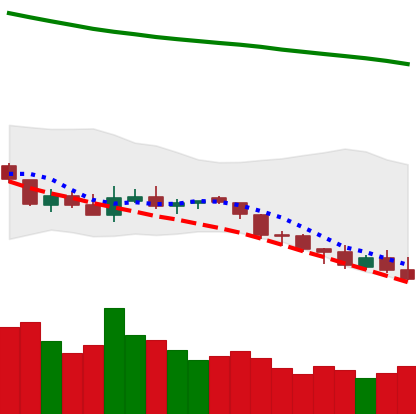
Ticker: NEO-USD
Chart end date: 2018-08-07
Forward return: -25.936%
Label: down_7plus